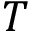
T